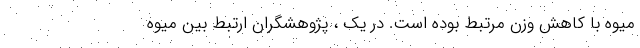
میوه با کاهش وزن مرتبط بوده است. در یک ، پژوهشگران ارتبط بین میوه